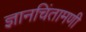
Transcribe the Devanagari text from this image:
ज्ञानचिंतामणी